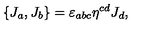
\{ J _ { a } , J _ { b } \} = \varepsilon _ { a b c } \eta ^ { c d } J _ { d } ,